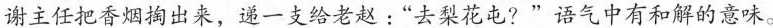
谢主任把香烟掏出来，递一支给老赵 :“去梨花屯?”语气中有和解的意味。